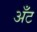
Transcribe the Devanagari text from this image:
अँट